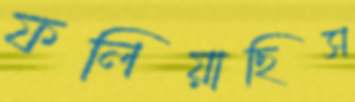
ফলিয়াছিস